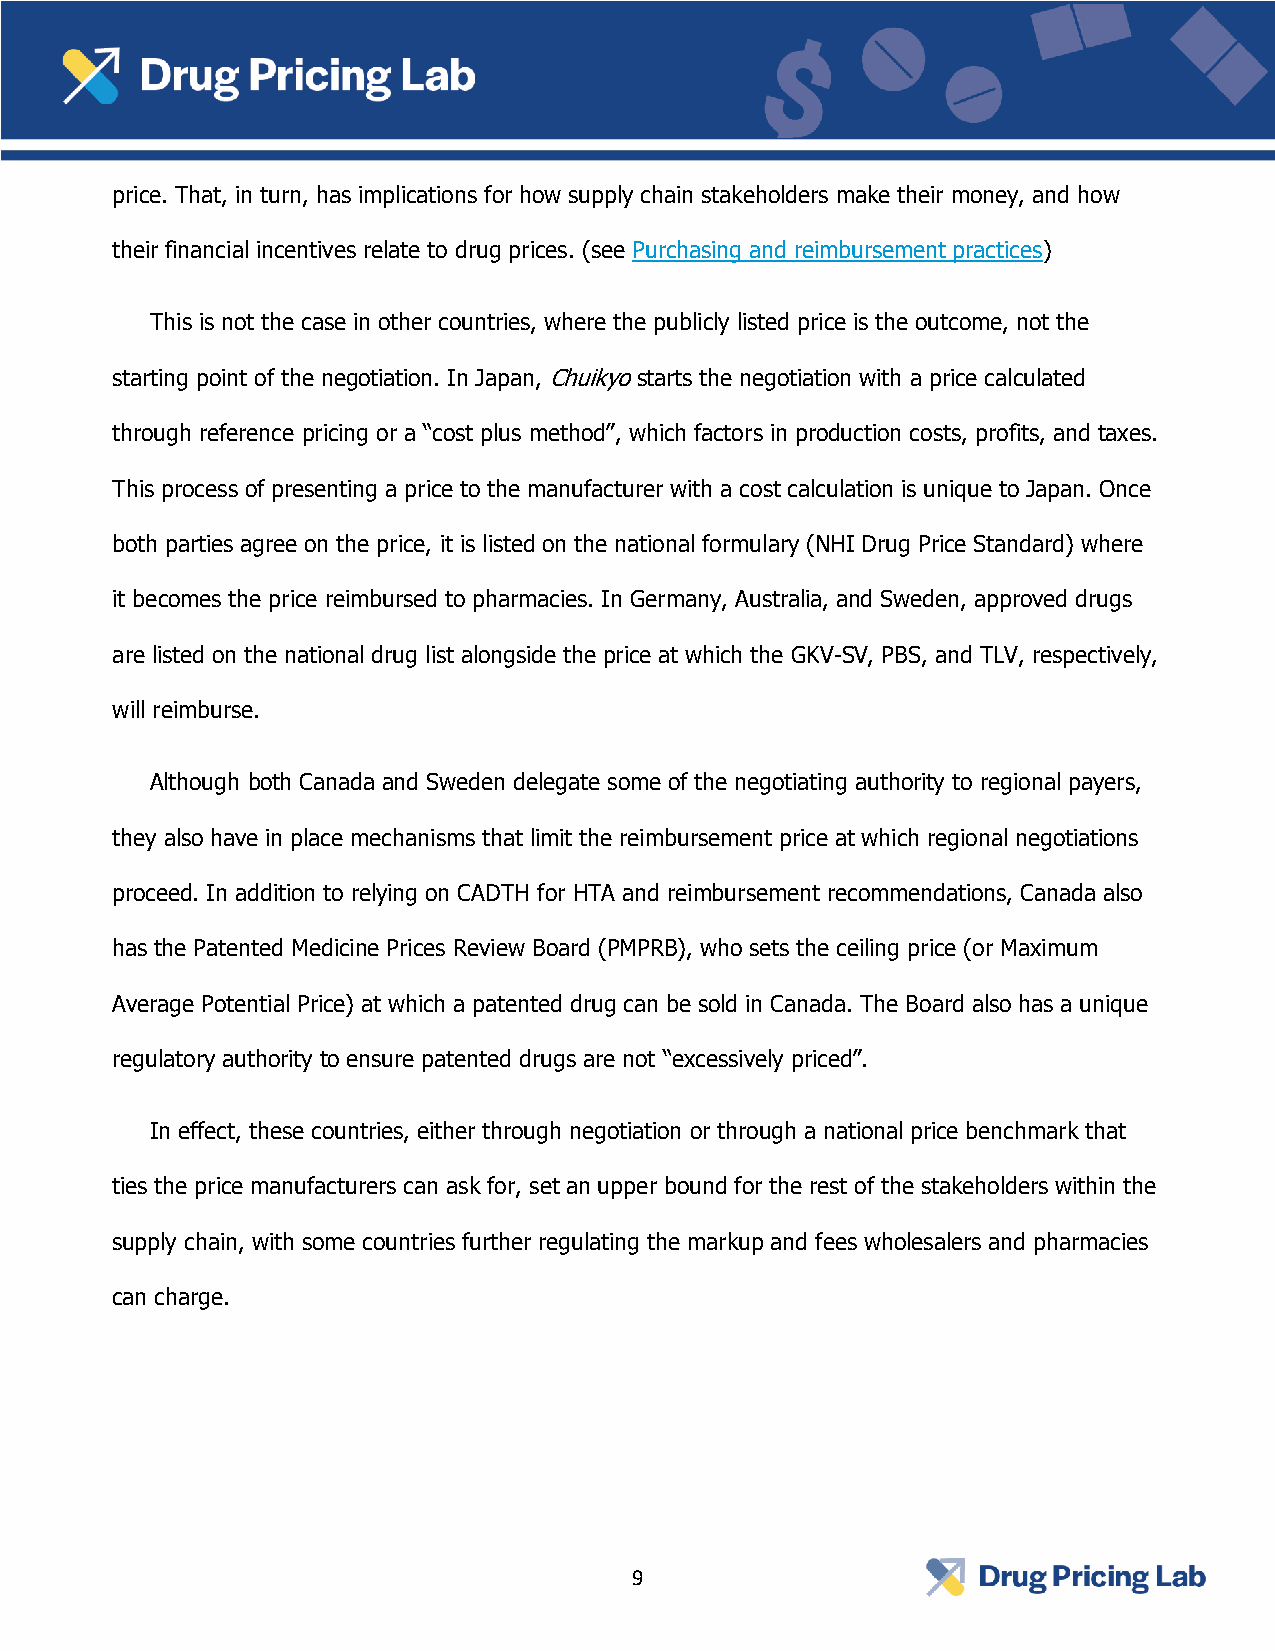
price. That, in turn, has implications for how supply chain stakeholders make their money, and how
 their financial incentives relate to drug prices. (see Purchasing and reimbursement practices)
 This is not the case in other countries, where the publicly listed price is the outcome, not the
 starting point of the negotiation. In Japan, Chuikyo starts the negotiation with a price calculated
 through reference pricing or a “cost plus method”, which factors in production costs, profits, and taxes.
 This process of presenting a price to the manufacturer with a cost calculation is unique to Japan. Once
 both parties agree on the price, it is listed on the national formulary (NHI Drug Price Standard) where
 it becomes the price reimbursed to pharmacies. In Germany, Australia, and Sweden, approved drugs
 are listed on the national drug list alongside the price at which the GKV-SV, PBS, and TLV, respectively,
 will reimburse.
 Although both Canada and Sweden delegate some of the negotiating authority to regional payers,
 they also have in place mechanisms that limit the reimbursement price at which regional negotiations
 proceed. In addition to relying on CADTH for HTA and reimbursement recommendations, Canada also
 has the Patented Medicine Prices Review Board (PMPRB), who sets the ceiling price (or Maximum
 Average Potential Price) at which a patented drug can be sold in Canada. The Board also has a unique
 regulatory authority to ensure patented drugs are not “excessively priced”.
 In effect, these countries, either through negotiation or through a national price benchmark that
 ties the price manufacturers can ask for, set an upper bound for the rest of the stakeholders within the
 supply chain, with some countries further regulating the markup and fees wholesalers and pharmacies
 can charge.
 9